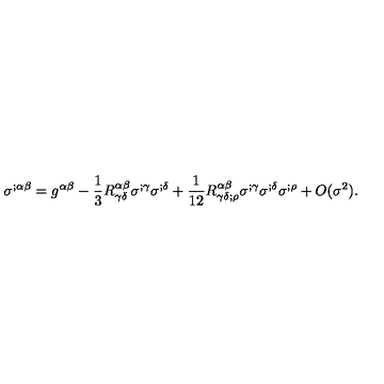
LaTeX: \sigma ^ { ; \alpha \beta } = g ^ { \alpha \beta } - \frac { 1 } { 3 } R _ { \gamma \delta } ^ { \alpha \beta } \sigma ^ { ; \gamma } \sigma ^ { ; \delta } + \frac { 1 } { 1 2 } R _ { \gamma \delta ; \rho } ^ { \alpha \beta } \sigma ^ { ; \gamma } \sigma ^ { ; \delta } \sigma ^ { ; \rho } + O ( \sigma ^ { 2 } ) .